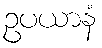
ဥပယာနံ